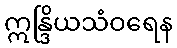
ဣန္ဒြိယသံဝရေန